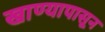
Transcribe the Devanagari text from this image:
खाण्यापासून